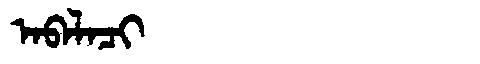
Manchu: ᠠᠪᠠᠯᠠᠴᡳ
Romanization: ABALACI